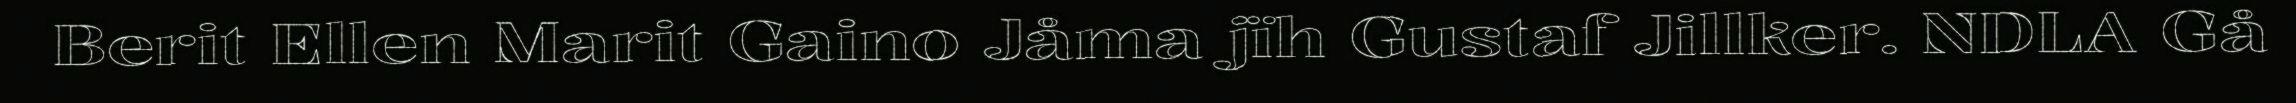
Berit Ellen Marit Gaino Jåma jïh Gustaf Jillker. NDLA Gå